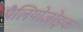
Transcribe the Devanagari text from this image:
पैलियोजोइक